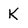
Character: K